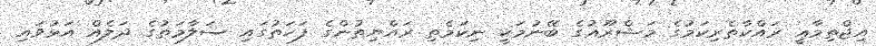
އިޖްތިމާޢީ ރައްކާތެރިކަމުގެ މަޝްރޫޢުގެ ބޭނުމަކީ ނިކަމެތި ރައްޔިތުންގެ ފަހަތުގައި ސަލާމަތުގެ ދަލެއް އަޅުވައި